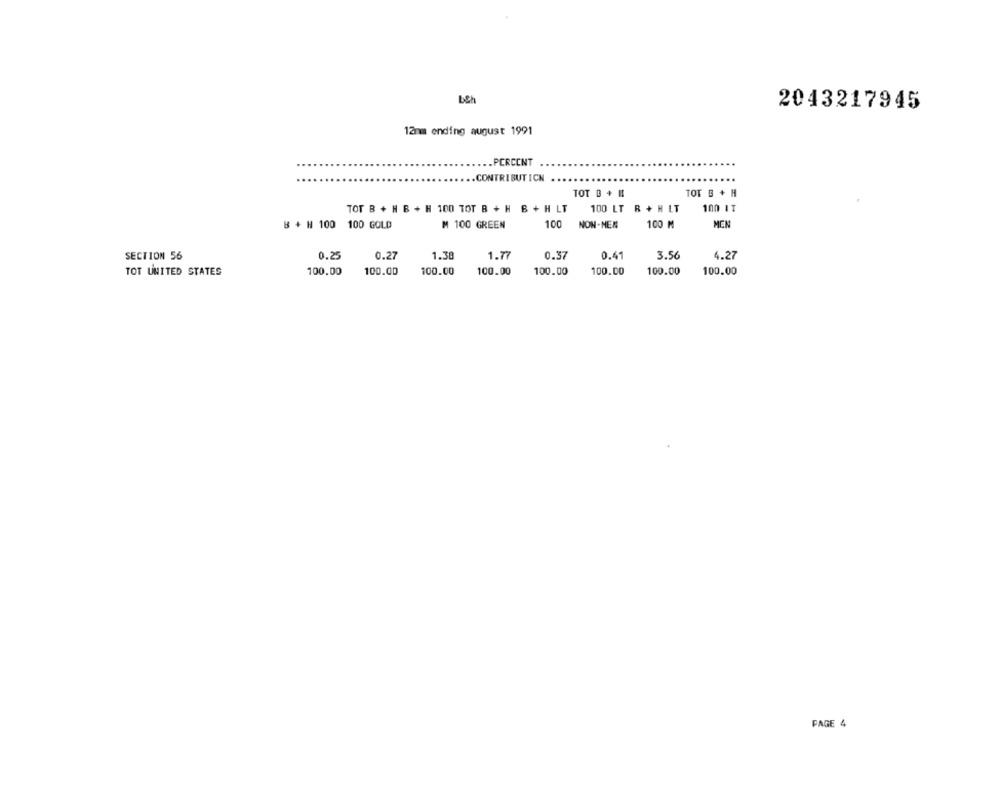
bCh
2043217945
12mm onding august 1991
..... PERCENT
.. CONTRIBUTICN
TOT B + H!
TOT B + H
TOT B + H B + H 100 TOT B + H B + H LT
100 LT B + H LT
100 IT
B + H 100
100 GOLD
M 100 GREEN
100 NON-NEN
100 M
MEN
SECTION 56
0.25
0.27
1.38
1.77
0.37
0.41
3.56
4.27
TOT UNITED STATES
100.00
100.00
100.00
100.00
100.00
100.00
100.00
100.00
PAGE 4